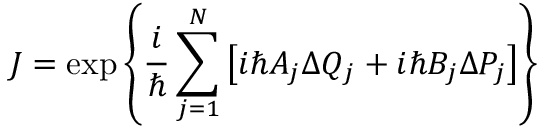
J = \exp \left\{ \frac { i } { \hbar } \sum _ { j = 1 } ^ { N } \left[ i \hbar A _ { j } \Delta Q _ { j } + i \hbar B _ { j } \Delta P _ { j } \right] \right\}